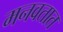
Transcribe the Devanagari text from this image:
मनवतात